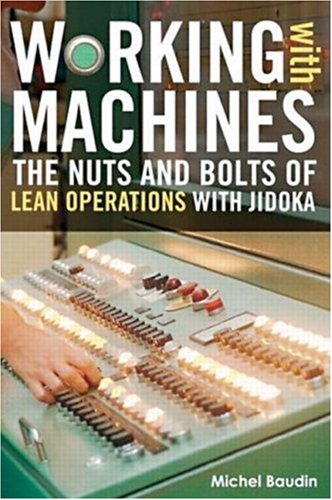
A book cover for Working with Machines: The Nuts and Bolts of Lean Operations with Jidoka; Michel Baudin; Business & Money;